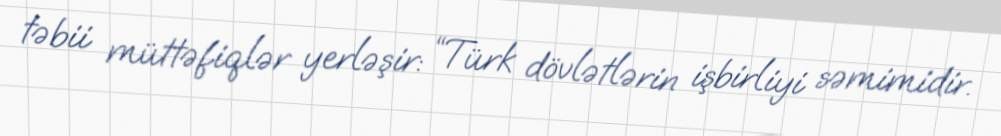
təbii müttəfiqlər yerləşir: “Türk dövlətlərin işbirliyi səmimidir.